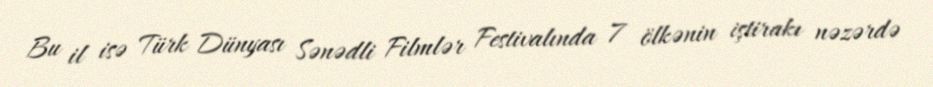
Bu il isə Türk Dünyası Sənədli Filmlər Festivalında 7 ölkənin iştirakı nəzərdə